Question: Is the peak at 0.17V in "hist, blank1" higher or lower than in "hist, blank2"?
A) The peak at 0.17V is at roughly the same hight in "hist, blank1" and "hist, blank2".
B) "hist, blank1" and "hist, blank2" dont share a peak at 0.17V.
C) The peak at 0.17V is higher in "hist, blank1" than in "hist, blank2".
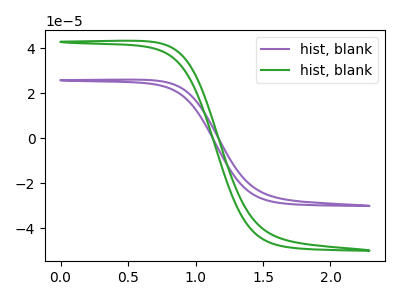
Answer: <think>The purple curve "hist, blank1" has no peaks. The green curve "hist, blank2" has no peaks.</think>
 <answer>B) "hist, blank1" and "hist, blank2" dont share a peak at 0.17V.</answer>
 <eval>B</eval>